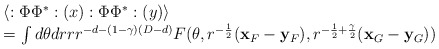
\begin{align*}\begin{array}{l}\langle :\Phi\Phi^{*}:(x) :\Phi\Phi^{*}:(y)\rangle\cr=\int d\theta drr r^{-d-(1-\gamma)(D-d)}F(\theta,r^{-\frac{1}{2}}({\bf x}_{F}-{\bf y}_{F}),r^{-\frac{1}{2}+\frac{\gamma}{2}} ({\bf x}_{G}-{\bf y}_{G}))\end{array}\end{align*}